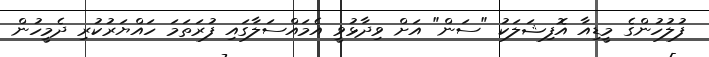
ފުލުހުންގެ މީޑިއާ އޮފިޝަލަކު "ސަން" އަށް ވިދާޅުވީ އެމައްސަލާގައި ފުރަތަމަ ހައްޔަރުކުރި ދެމީހުން